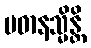
ပဓာနသ္မိန္တိ